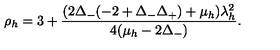
\rho _ { h } = 3 + \frac { ( 2 \Delta _ { - } ( - 2 + \Delta _ { - } \Delta _ { + } ) + \mu _ { h } ) \lambda _ { h } ^ { 2 } } { 4 ( \mu _ { h } - 2 \Delta _ { - } ) } .